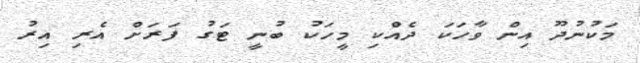
މަކުނުދޫ އިން ވާހަކަ ދެއްކި މީހަކު ބުނީ ޓަގު ފަރަށް އެރި އިރު